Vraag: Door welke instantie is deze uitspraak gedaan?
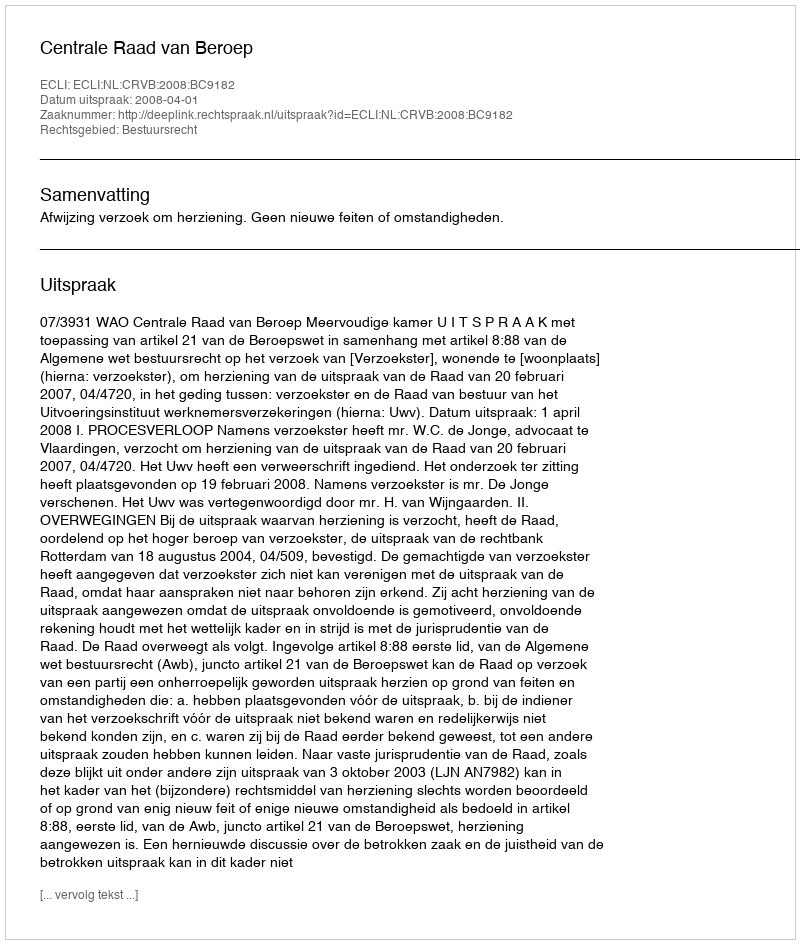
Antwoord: Centrale Raad van Beroep